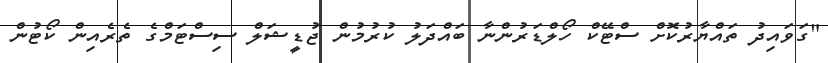
"ގަވައިދު ތައްޔާރުކޮށް ސްޓޭކް ހޯލްޑަރުންނާ ބައްދަލު ކުރުމުން ޖުޑީޝަލް ސިސްޓަމްގެ ތެރެއިން ކޯޓުން